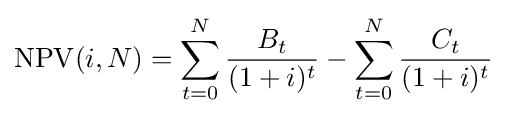
\mathrm {NPV} (i,N)=\sum _{t=0}^{N}{\frac {B_{t}}{(1+i)^{t}}}-\sum _{t=0}^{N}{\frac {C_{t}}{(1+i)^{t}}}